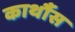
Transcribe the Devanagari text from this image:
कार्थौस